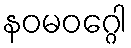
နဝမဝဂ္ဂေါ